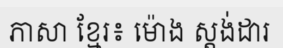
ភាសា ខ្មែរ៖ ម៉ោង ស្តង់ដារ